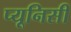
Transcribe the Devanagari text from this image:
प्यूनिसी